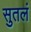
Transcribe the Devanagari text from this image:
सुतलं